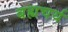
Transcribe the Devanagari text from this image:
बह्यचर्य